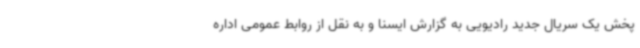
پخش یک سریال جدید رادیویی به گزارش ایسنا و به نقل از روابط عمومی اداره